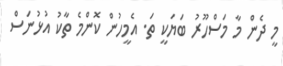
މީ ދެން މާ މަސްހޫރު ބަޔަކީ ތަ. އެމީހުން ކޮންމެ ތާކު އުޅުނަސް